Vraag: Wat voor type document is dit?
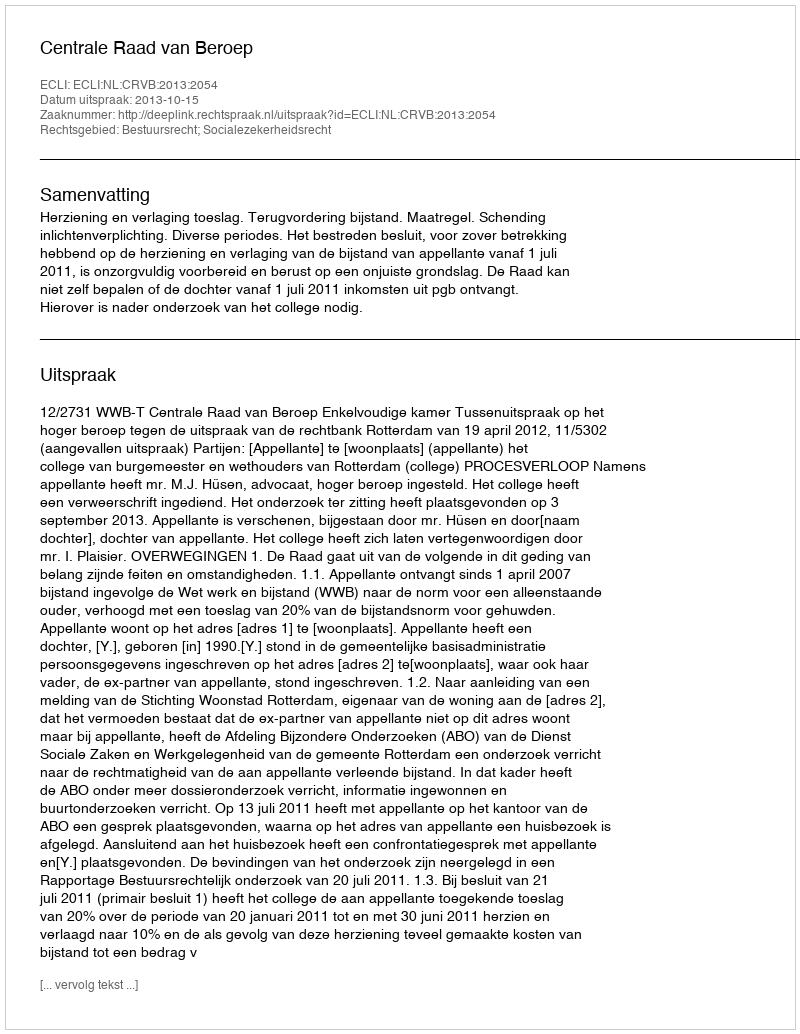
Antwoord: Uitspraak